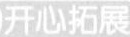
开心拓展